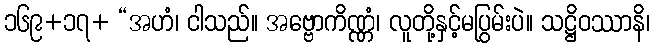
၁၆၉+၁၇+ “အဟံ၊ ငါသည်။ အဗ္ဗောကိဏ္ဏံ၊ လူတို့နှင့်မပြွမ်းပဲ။ သဋ္ဌိဝဿာနိ၊